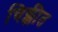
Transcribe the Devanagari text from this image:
चिक्कीत